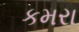
કમરા